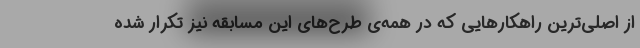
از اصلی‌ترین راهکارهایی که در همه‌ی طرح‌های این مسابقه نیز تکرار شده